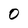
Character: 0